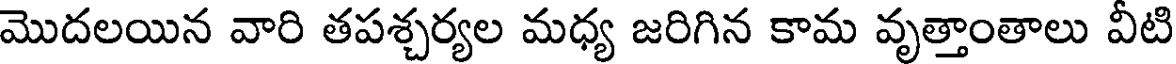
మొదలయిన వారి తపశ్చర్యల మధ్య జరిగిన కామ వృత్తాంతాలు వీటి